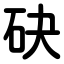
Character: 砄